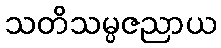
သတိသမ္ပဇညာယ